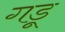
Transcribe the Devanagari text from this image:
गडू